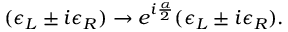
( \epsilon _ { L } \pm i \epsilon _ { R } ) \rightarrow e ^ { i { \frac { \alpha } { 2 } } } ( \epsilon _ { L } \pm i \epsilon _ { R } ) .